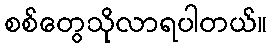
စစ်တွေသိုလာရပါတယ်။